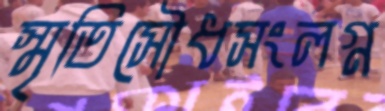
স্মৃতিসৌধসংলগ্ন